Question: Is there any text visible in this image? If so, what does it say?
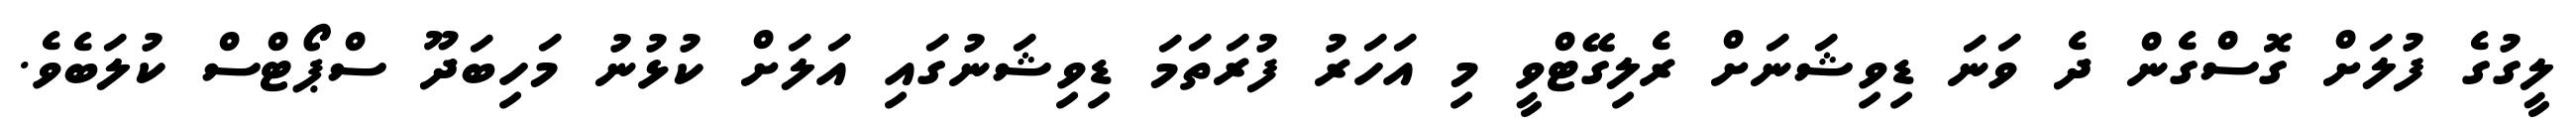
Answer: ލީގުގެ ފުލަށް ގޮސްގެން ދެ ވަނަ ޑިވިޝަނަށް ރެލިގޭޓްވީ މި އަހަރު ފުރަތަމަ ޑިވިޝަނުގައި އަލަށް ކުޅުނު މަހިބަދޫ ސްޕޯޓްސް ކުލަބެވެ.